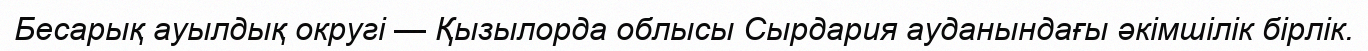
Бесарық ауылдық округі — Қызылорда облысы Сырдария ауданындағы әкімшілік бірлік.